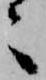
々